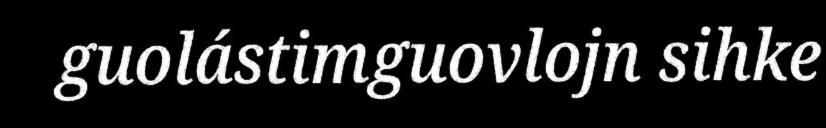
guolástimguovlojn sihke